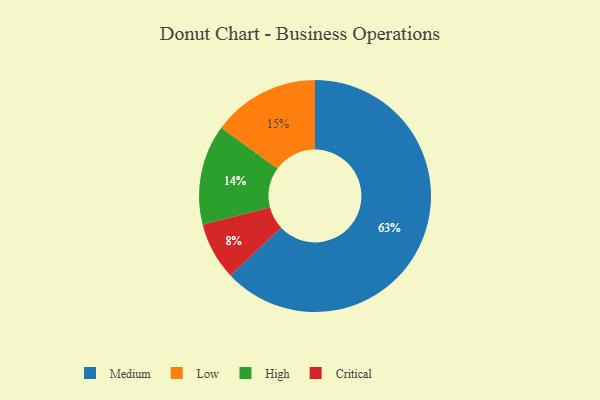
{"axis": {"x": "Category", "y": "Percentage"}, "legend": ["Critical", "High", "Low", "Medium"], "data": [{"x": "Low", "y": 15, "type": "Low"}, {"x": "Critical", "y": 8, "type": "Critical"}, {"x": "High", "y": 14, "type": "High"}, {"x": "Medium", "y": 63, "type": "Medium"}]}